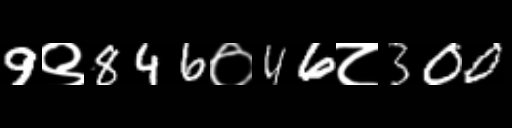
Text: 9९846०46८300